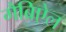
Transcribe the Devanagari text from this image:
गैब्रिऐल